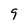
Character: 9